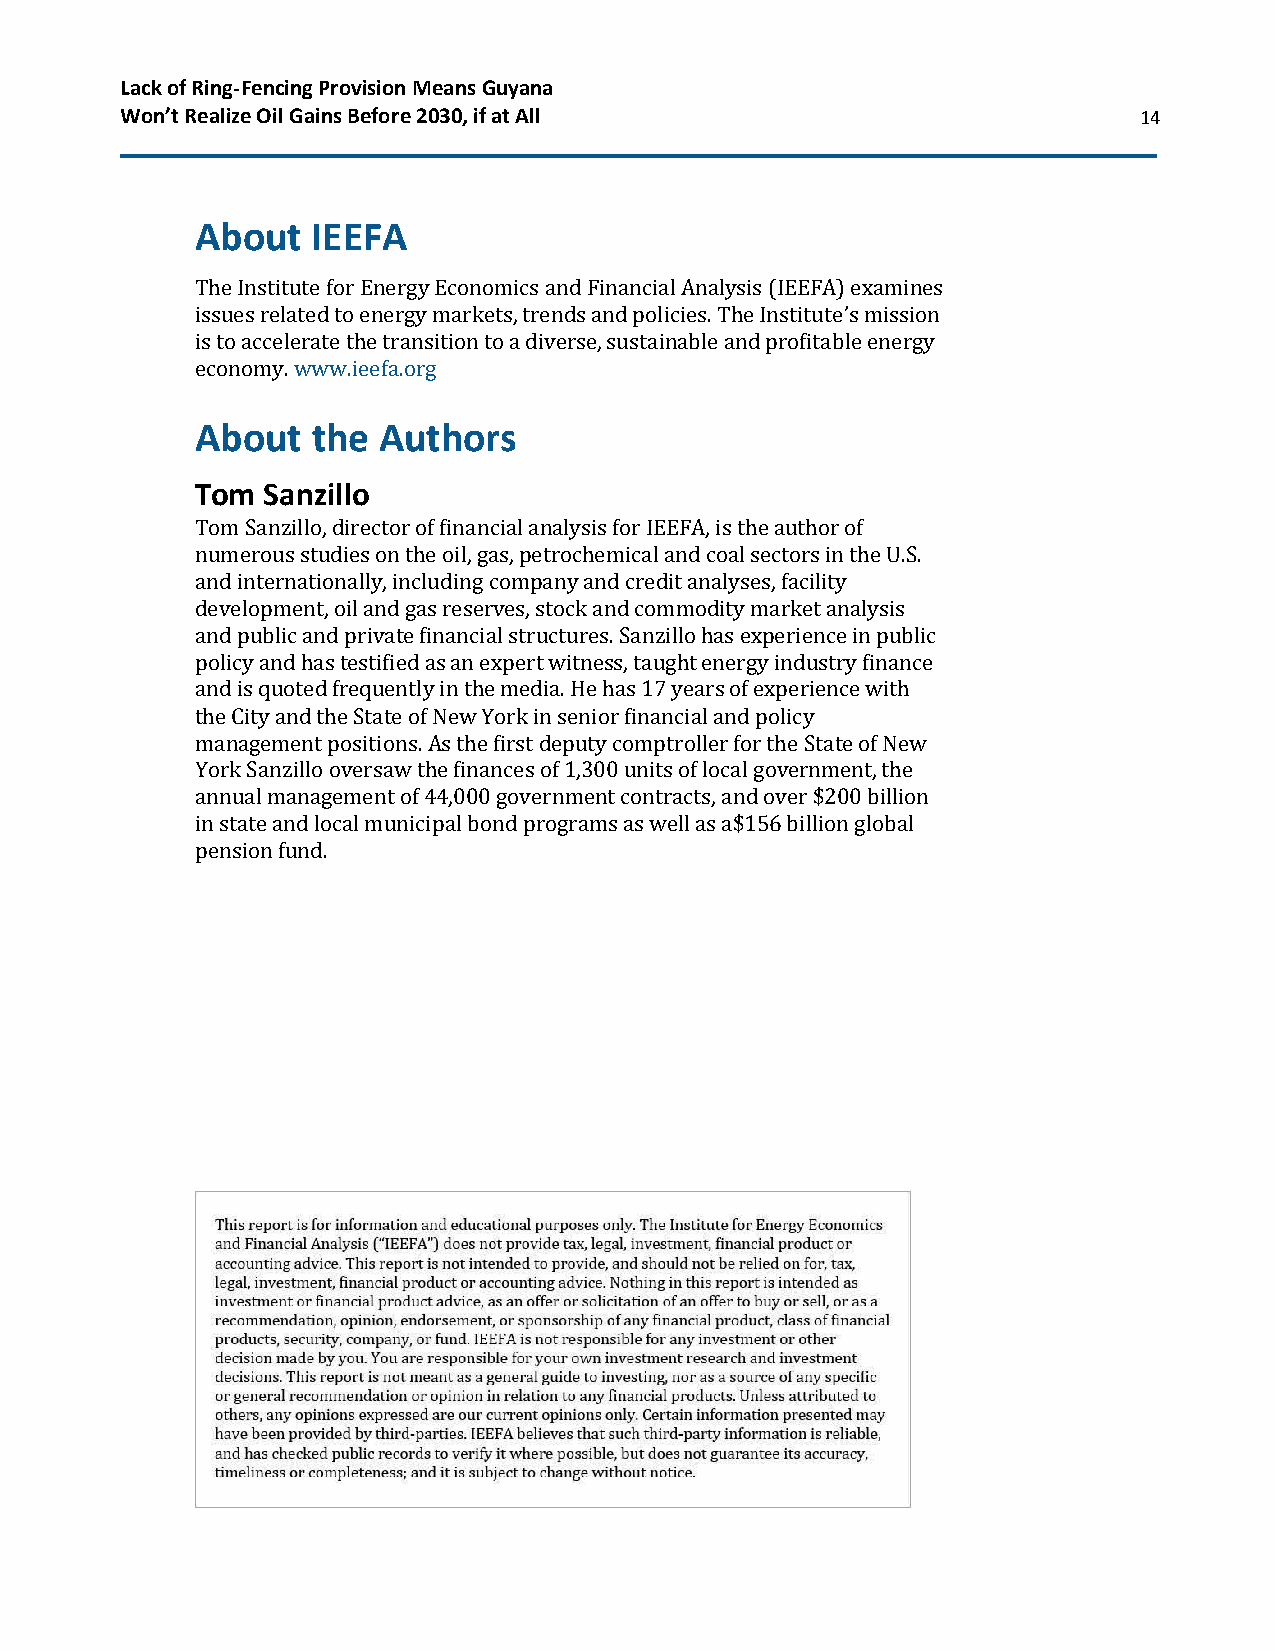
Lack of Ring-Fencing Provision Means Guyana
 Won’t Realize Oil Gains Before 2030, if at All                     14
 About   IEEFA
 The Institute for Energy Economics and Financial Analysis (IEEFA) examines
 issues related to energy markets, trends and policies. The Institute’s mission
 is to accelerate the transition to a diverse, sustainable and profitable energy
 economy. www.ieefa.org
 About   the Authors
 Tom Sanzillo
 Tom Sanzillo, director of financial analysis for IEEFA, is the author of
 numerous studies on the oil, gas, petrochemical and coal sectors in the U.S.
 and internationally, including company and credit analyses, facility
 development, oil and gas reserves, stock and commodity market analysis
 and public and private financial structures. Sanzillo has experience in public
 policy and has testified as an expert witness, taught energy industry finance
 and is quoted frequently in the media. He has 17 years of experience with
 the City and the State of New York in senior financial and policy
 management positions. As the first deputy comptroller for the State of New
 York Sanzillo oversaw the finances of 1,300 units of local government, the
 annual management of 44,000 government contracts, and over $200 billion
 in state and local municipal bond programs as well as a$156 billion global
 pension fund.